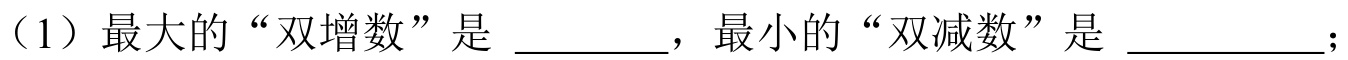
（1）最大的“双增数”是 \_\_\_\_\_ ，最小的“双减数”是 \_\_\_\_\_\_ ；